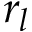
r _ { l }